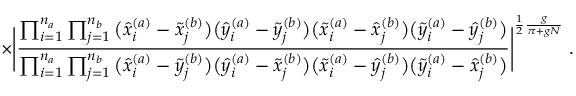
\times \Bigg | \frac { \prod _ { i = 1 } ^ { n _ { a } } \prod _ { j = 1 } ^ { n _ { b } } \big ( \hat { x } _ { i } ^ { ( a ) } - \tilde { x } _ { j } ^ { ( b ) } \big ) \big ( \hat { y } _ { i } ^ { ( a ) } - \tilde { y } _ { j } ^ { ( b ) } \big ) \big ( \tilde { x } _ { i } ^ { ( a ) } - \hat { x } _ { j } ^ { ( b ) } \big ) \big ( \tilde { y } _ { i } ^ { ( a ) } - \hat { y } _ { j } ^ { ( b ) } \big ) } { \prod _ { i = 1 } ^ { n _ { a } } \prod _ { j = 1 } ^ { n _ { b } } \big ( \hat { x } _ { i } ^ { ( a ) } - \tilde { y } _ { j } ^ { ( b ) } \big ) \big ( \hat { y } _ { i } ^ { ( a ) } - \tilde { x } _ { j } ^ { ( b ) } \big ) \big ( \tilde { x } _ { i } ^ { ( a ) } - \hat { y } _ { j } ^ { ( b ) } \big ) \big ( \tilde { y } _ { i } ^ { ( a ) } - \hat { x } _ { j } ^ { ( b ) } \big ) } \Bigg | ^ { \frac { 1 } { 2 } \frac { g } { \pi + g N } } \; .